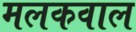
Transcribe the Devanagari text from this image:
मलकवाल